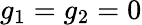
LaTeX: g_{1}=g_{2}=0